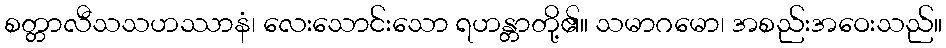
စတ္တာလီသသဟဿာနံ၊ လေးသောင်းသော ရဟန္တာတို့၏။ သမာဂမော၊ အစည်းအဝေးသည်။